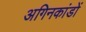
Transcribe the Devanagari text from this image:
अगिनकांडों